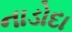
નાડોદા